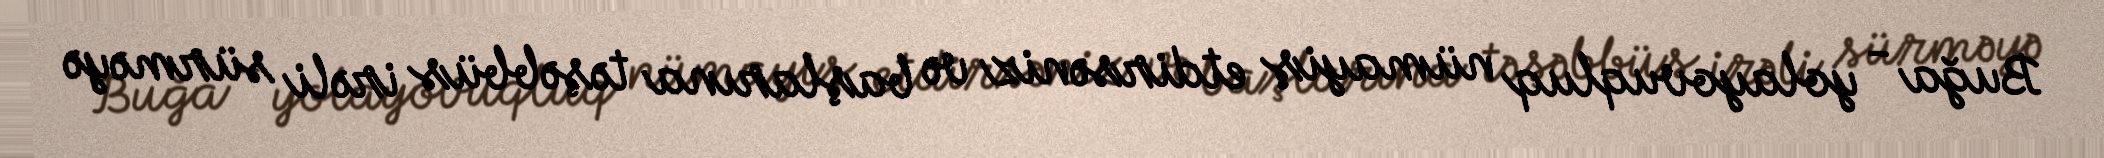
Buğa - yolayovuqluq nümayiş etdirsəniz və başlarına təşəbbüs irəli sürməyə